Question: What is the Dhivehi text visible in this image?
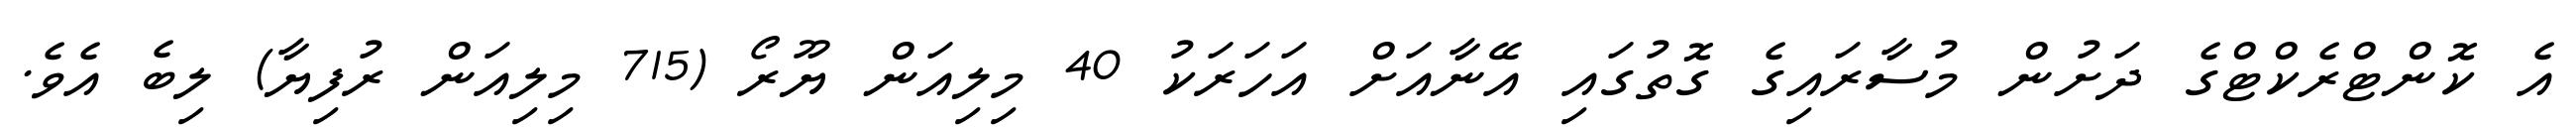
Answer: އެ ކޮންޓްރެކްޓްގެ ދަށުން މުސާރައިގެ ގޮތުގައި އޭނާއަށް އަހަރަކު 40 މިލިއަން ޔޫރޯ (715 މިލިއަން ރުފިޔާ) ލިބެ އެވެ.